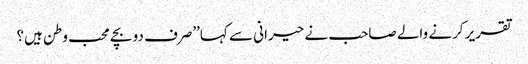
تقریر کرنے والے صاحب نے حیرانی سے کہا’’صرف دو بچے محب وطن ہیں؟